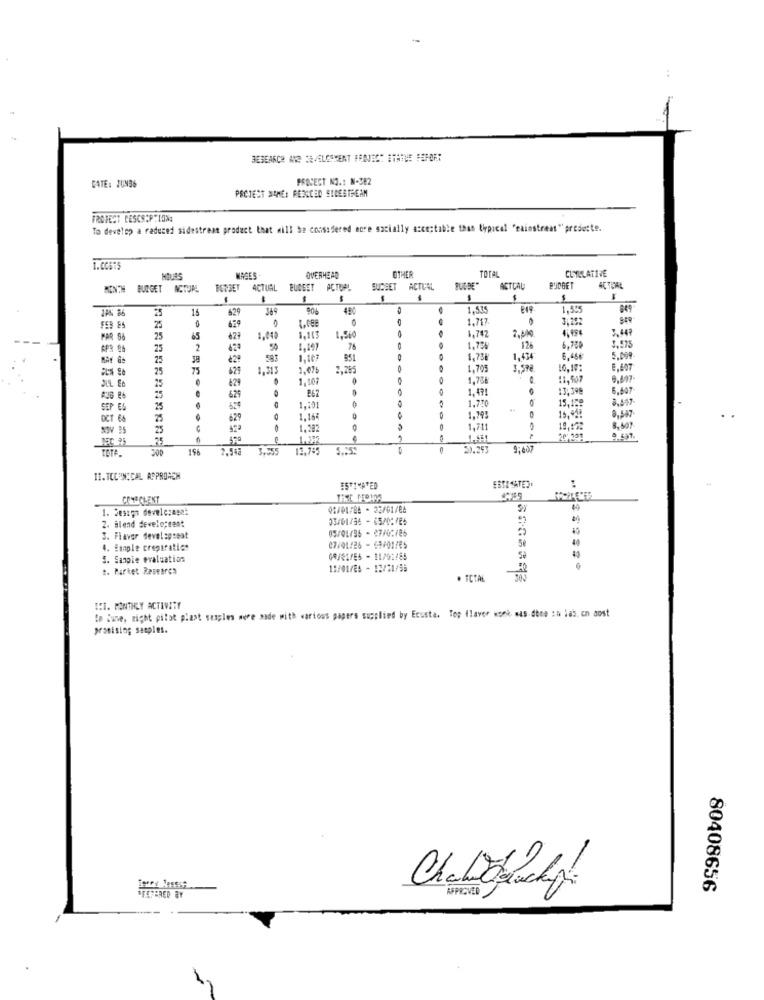
RESEARCH AND DEVELOPMENT PROJECT STATUE FERBER
PROCECT NO .: N-982
DATE: JUN96
PSCJEST SAME: FENCED SIDESTREAM
PROJECT DESCRIPTION:
To develop a reduced sidestream product that will be considered acre socially acceptable than typical "sainstreat" predette.
ToraL
CUMULATIVE
OVERHEAD
OTHER
BENSET
ACTUAL BUCEET
ACTUAL
BUDGET ACTUAL
BLIEBE"
ACTLA
ACTUAL
25
15
629
369
49
1,53
1.535
049
0
1,717
O
1.742
2.000
4:494
PAR 96
25
1.113
APR 26
25
1,147
1,7%
126
6,700
3,575
25
¿2ª
951
1,434
6.46
5.099
25
75
629
1,31
1,47%
2,789
1,705
3.59€
629
1,107
O
1,78₺
11, 907
9,497
B62
1.49!
13,398
6.607
25
62
1.770
15,159
SEP ES
524
1,50
OCT 66
629
O
1,164
1.795
15,918
0,547
1.382
1,711
19,172
8, 507
1.451
201 151
200
196
2.598 3,555
13,755
51.293
9,497
II.TECHNICAL APPROACH
ESTIMATED
ESTE SATES
...
CONSCIENT
1. 2estgo devele:agat
01/01/86 - 23/01/84
2. Blend develo;ten:
05/01796 - 27/02/86
45
3. Flavor develegesat
4. Enaple creparatics
07/01/26 - GA/01/E5
5
3. Sanpie evaluation
Se
1. Parket Research
19/01/84 - 12/21/55
. TCTAL
ICI. MONTHLY ACTIVITY
In Tune, right pilot plast samples were made with various papers supplied by Ecusta. Top (laver work was dee In las. cn aost
promising samples.
FELTERED BY
APPROVED
80408656